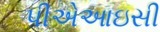
પીએઆઇસી